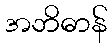
အဘိဓာန်